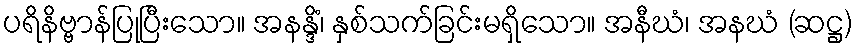
ပရိနိဗ္ဗာန်ပြုပြီးသော။ အနန္ဒိံ၊ နှစ်သက်ခြင်းမရှိသော။ အနီဃံ၊ အနဃံ (ဆဋ္ဌ)